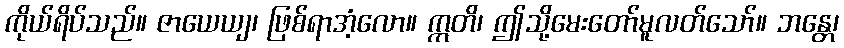
ကိုယ်ရိပ်သည်။ ဇာယေယျ၊ ဖြစ်ရာအံ့လော။ ဣတိ၊ ဤသို့မေးတော်မူလတ်သော်။ ဘန္တေ၊